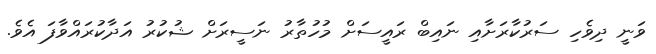
ވަނީ ދިވެހި ސަރުކާރަށާއި ނައިބް ރައީސަށް މުހުތާރު ނަސީރަށް ޝުކުރު އަދާކުރައްވާފަ އެވެ.